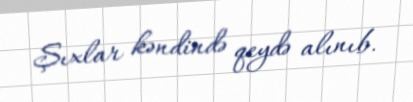
Şıxlar kəndində qeydə alınıb.